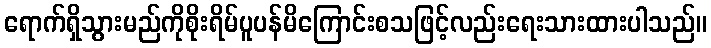
ရောက်ရှိသွားမည်ကိုစိုးရိမ်ပူပန်မိကြောင်းစသဖြင့်လည်းရေးသားထားပါသည်။